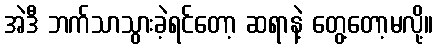
အဲဒီ ဘက်သာသွားခဲ့ရင်တော့ ဆရာနဲ့ တွေ့တော့မလို့။